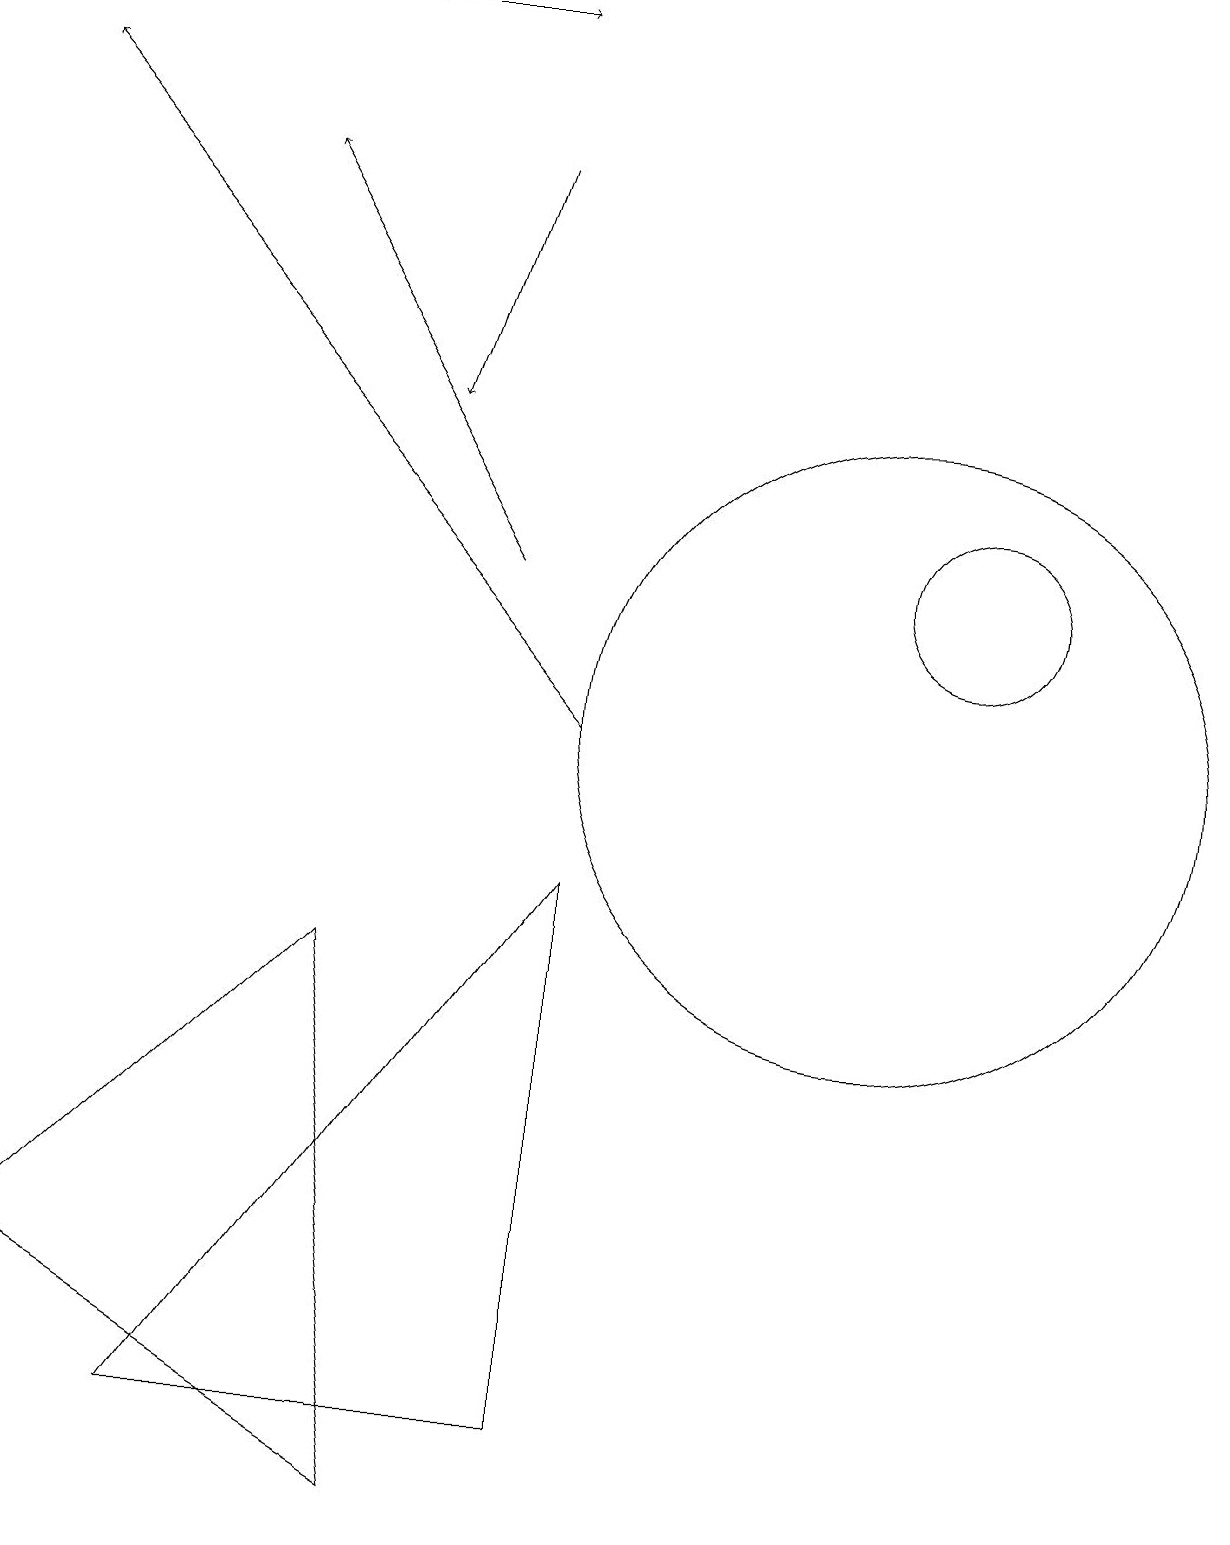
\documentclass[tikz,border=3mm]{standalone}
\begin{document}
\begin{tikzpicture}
\draw[->] (4,19) -- (6,19);
\draw[->] (7,10) -- (0,18);
\draw (5,0) -- (0,3) -- (4,7) -- cycle;
\draw (7,8) -- (2,1) -- (7,1) -- cycle;
\draw (12,12) circle (1);
\draw (11,10) circle (4);
\draw[->] (6,12) -- (3,17);
\draw[->] (6,17) -- (5,14);
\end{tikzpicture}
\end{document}